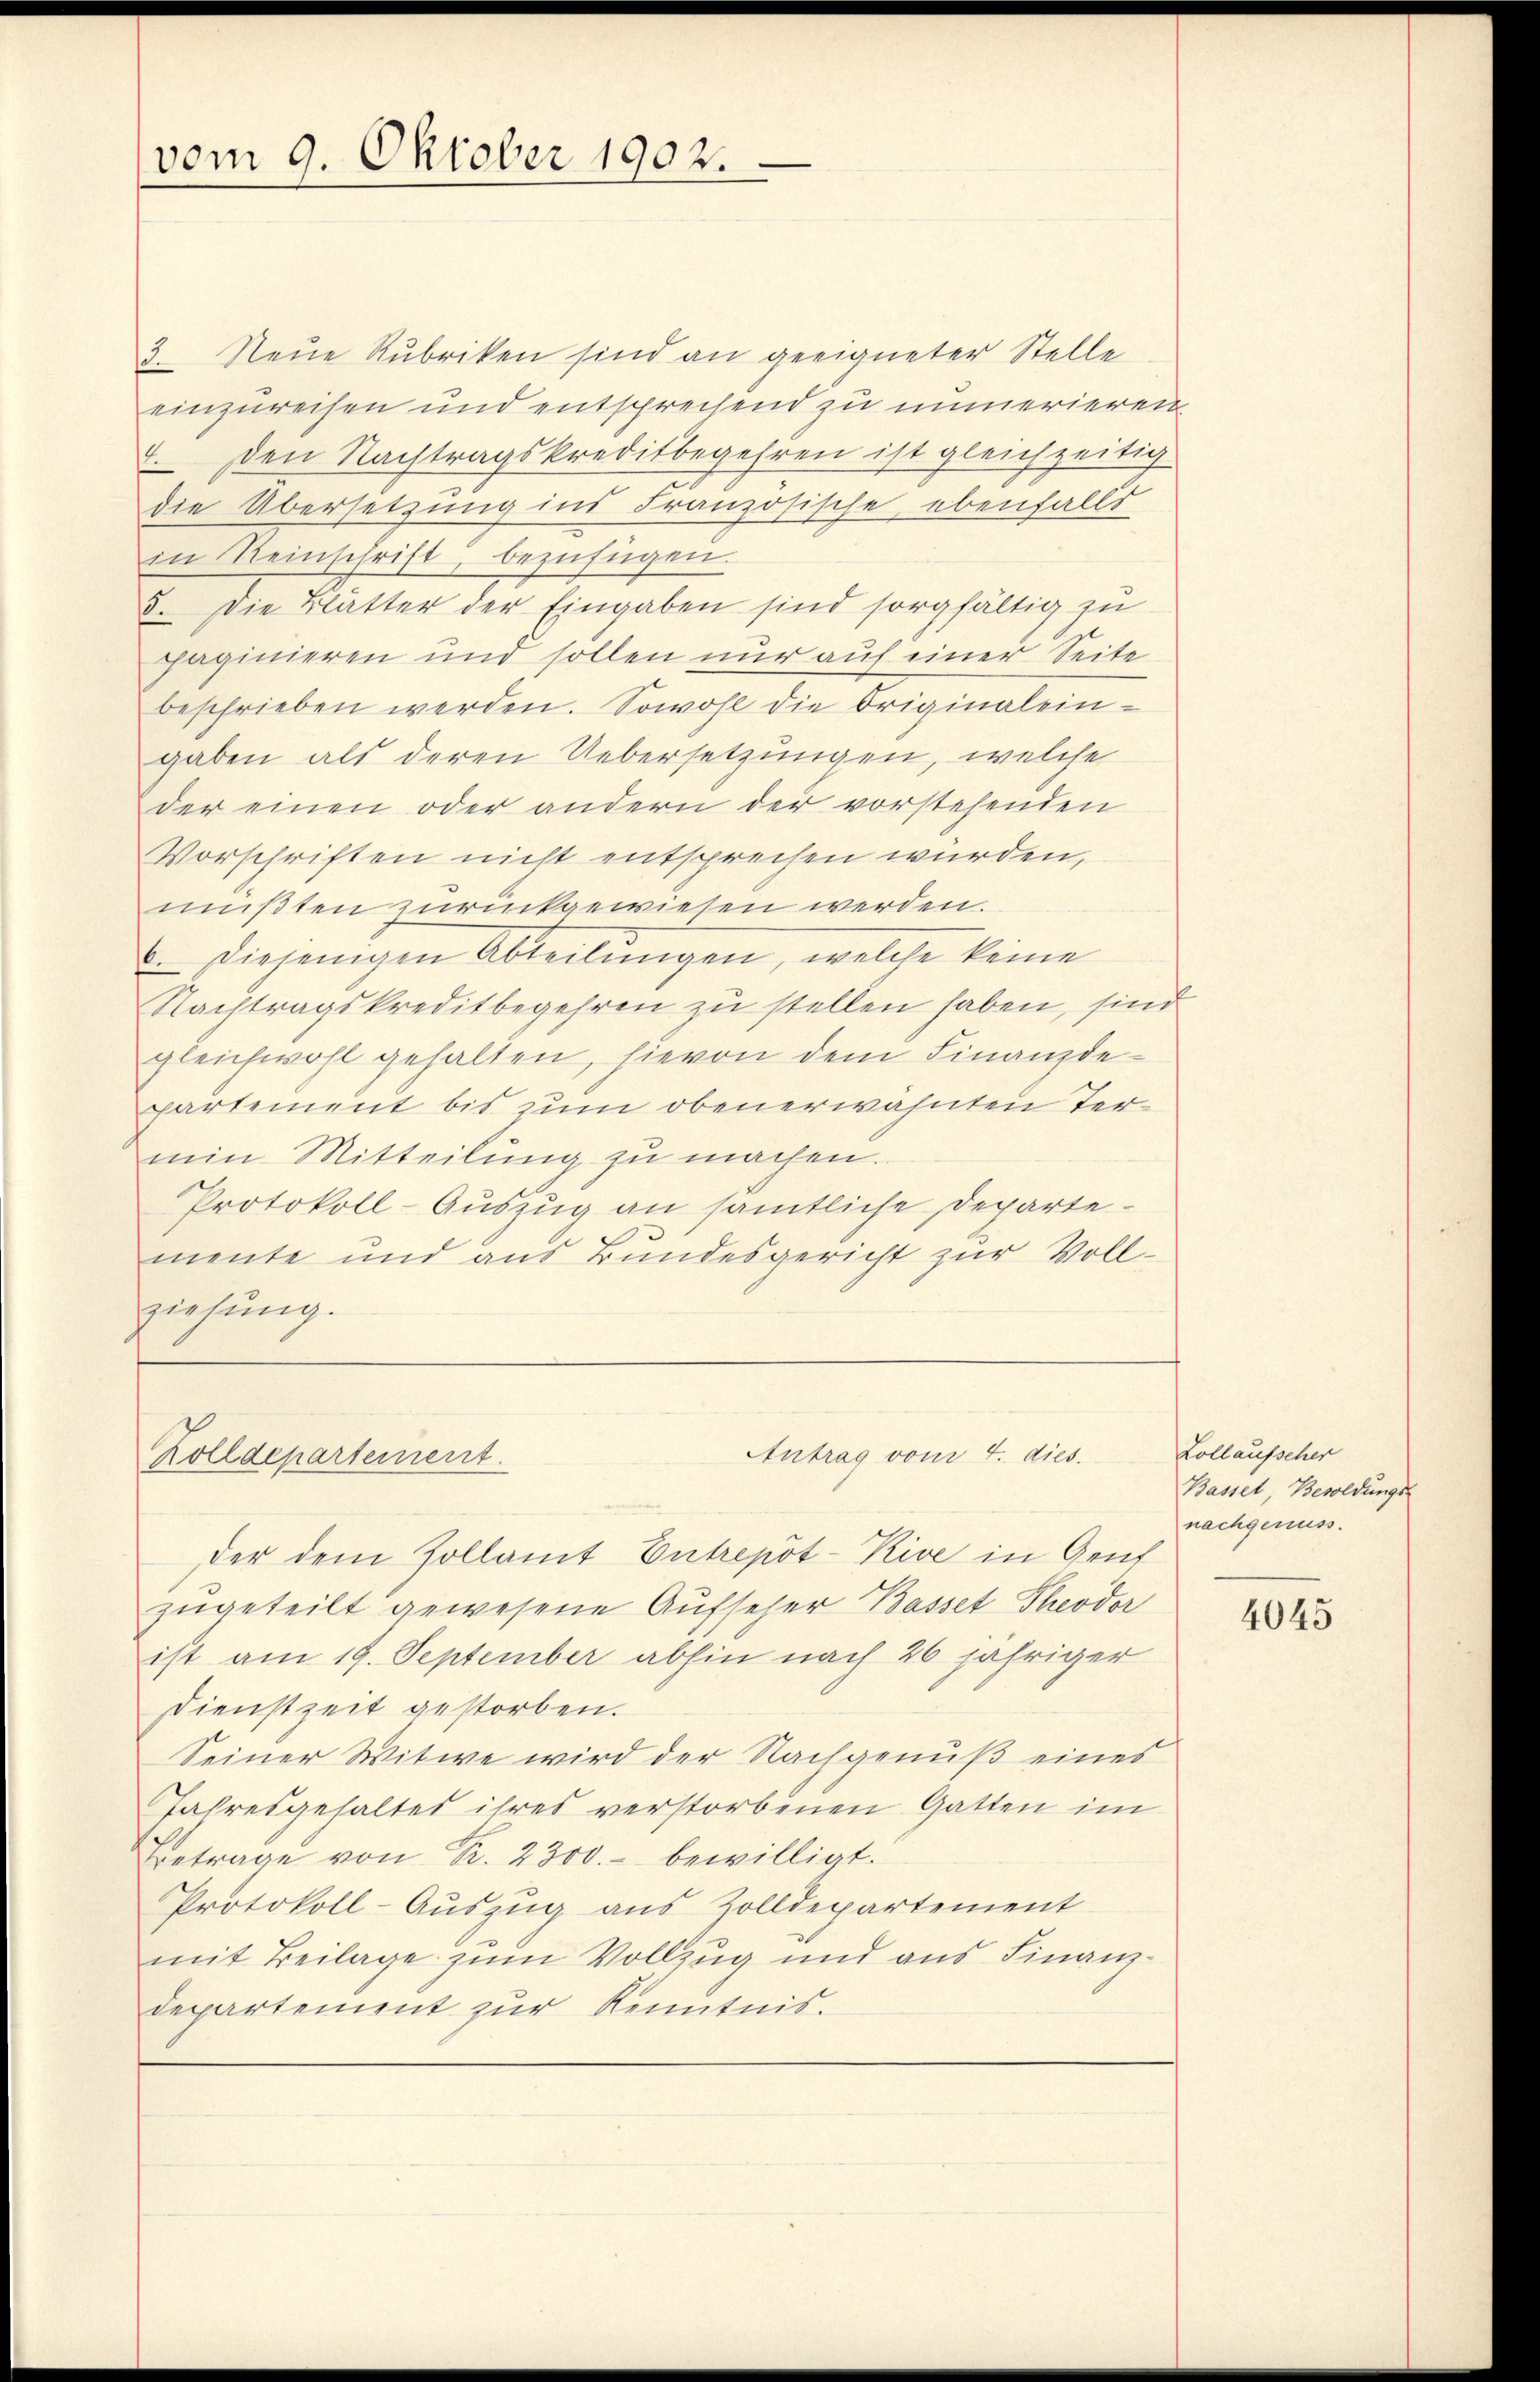
vom 9. Oktober 1902.

3. Neue Rubriken sind an geeigneter Stelle
einzureisen und entsprechend zu immerieren
. Den Nachtragskreditbegehren ist gleichzeitig
die Übersetzung ins Französische ebenfalls
in Reinschrift, bezufügen.
3. Die Blätter der Eingaben sind sorgfältig zu
paginieren und sollen nur auf einer Seite
beschrieben werden. Sowohl die Originalein-
gaben als deren Uebersetzungen, welche
der einen oder andern der vorstehenden
Vorschriften nicht entsprechen wurden,
müßten zurückgewiesen werden.
6. Diejenigen Abteilungen, welche keine
Nachtragskreditbegehren zu stellen haben, sind
gleichwohl gehalten, hievon dem Finanzdepartement bis zum obenerwähnten Termn Mitteilung zu machen.
Protokoll-Auszug an sämtliche Departemente und aus Bundesgericht zur Vollziehung.

Zolldepartement.

Antrag vom 4. dies

der dem Zollamt Entrepot-Kive in Gent
zugeteilt gewesene Aufseher Basset Theodor
ist am 19. September abhin nach 20 jähriger
Dienstzeit gestorben.
Seiner Witwe wird der Nachgenuß eines
Jahresgehaltes ihres verstorbenen Gatten im
Betrage von Fr. 2300.- bewilligt.
Protokoll-Auszug aus Zolldepartement
mit Beilage zum Vollzug und aus Finanzdepartement zur Kenntnis.

Kollaufseher
Bassel, Besoldungs-
nachgenuss.

4045